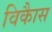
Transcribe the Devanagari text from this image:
विकाैस